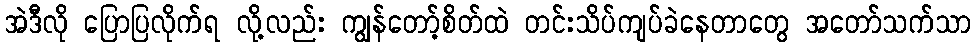
အဲဒီလို ပြောပြလိုက်ရ လို့လည်း ကျွန်တော့်စိတ်ထဲ တင်းသိပ်ကျပ်ခဲနေတာတွေ အတော်သက်သာ